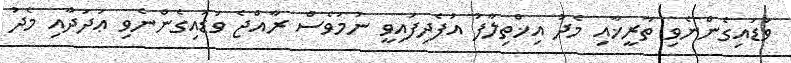
ވަޑައިގެންނެވި ތާރީޚާއި މެދު އިޚްތިލާފު އުފެދިފައިވީ ނަމަވެސް ރާއްޖެ ވަޑައިގެންނެވި ޢަދަދާއި މެދު